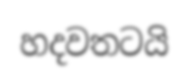
හදවතටයි